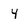
Character: 4